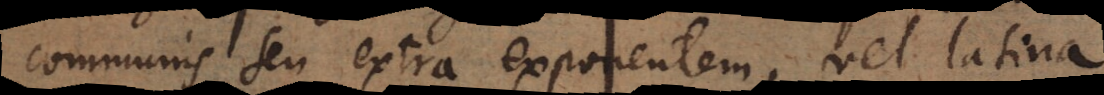
seu extra exponentem, vel latina